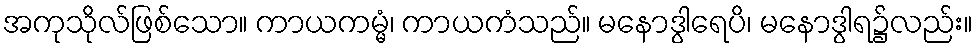
အကုသိုလ်ဖြစ်သော။ ကာယကမ္မံ၊ ကာယကံသည်။ မနောဒွါရေပိ၊ မနောဒွါရ၌လည်း။